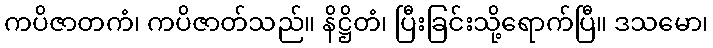
ကပိဇာတကံ၊ ကပိဇာတ်သည်။ နိဋ္ဌိတံ၊ ပြီးခြင်းသို့ရောက်ပြီ။ ဒသမော၊